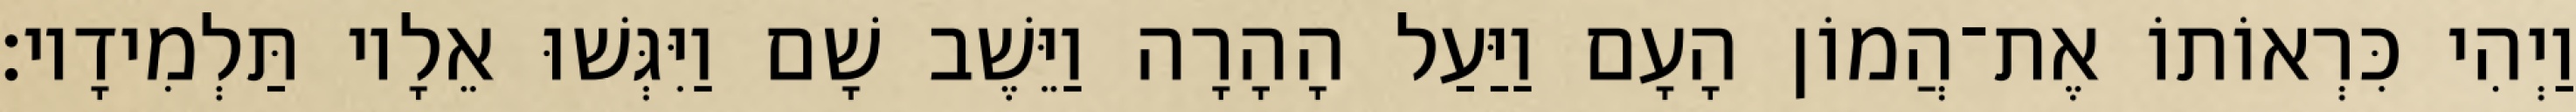
וַיְהִי כִּרְאוֹתוֹ אֶת־הֲמוֹן הָעָם וַיַּעַל הָהָרָה וַיֵּשֶׁב שָׁם וַיִּגְּשׁוּ אֵלָיו תַּלְמִידָיו׃